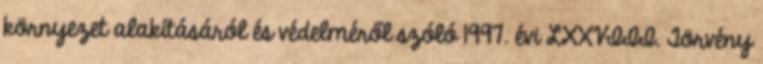
környezet alakításáról és védelméről szóló 1997. évi LXXVIII. Törvény